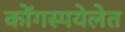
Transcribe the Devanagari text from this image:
कोंगस्पयेलेत